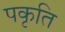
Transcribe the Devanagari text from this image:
पकृति